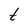
Character: t